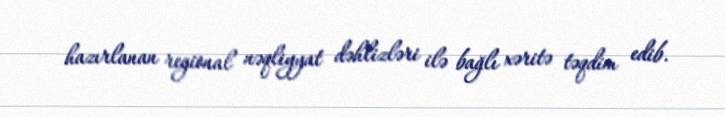
hazırlanan regional nəqliyyat dəhlizləri ilə bağlı xəritə təqdim edib.